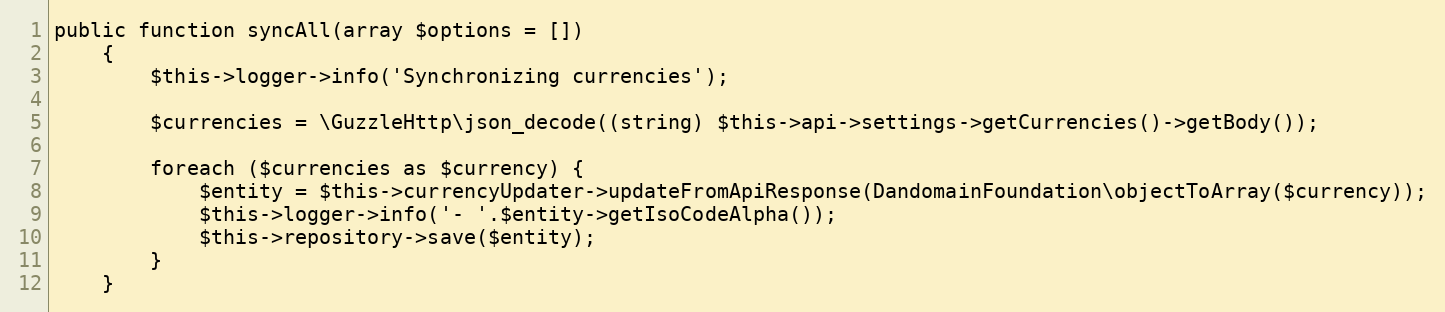
Language: PHP
public function syncAll(array $options = [])
    {
        $this->logger->info('Synchronizing currencies');

        $currencies = \GuzzleHttp\json_decode((string) $this->api->settings->getCurrencies()->getBody());

        foreach ($currencies as $currency) {
            $entity = $this->currencyUpdater->updateFromApiResponse(DandomainFoundation\objectToArray($currency));
            $this->logger->info('- '.$entity->getIsoCodeAlpha());
            $this->repository->save($entity);
        }
    }